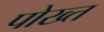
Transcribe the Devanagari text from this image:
पोख्त